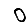
Digit: 0